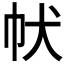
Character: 𤜧